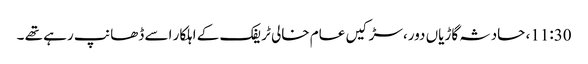
11:30، حادثہ گاڑیاں دور، سڑکیں عام خالی ٹریفک کے اہلکار اسے ڈھانپ رہے تھے ۔